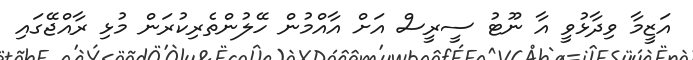
އަޒީމާ ވިދާޅުވީ އާ ނޫޓު ސީރީސް އަށް އާއްމުން ހޭލުންތެރިކުރަން މުޅި ރާއްޖޭގައި